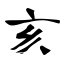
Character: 亥